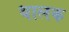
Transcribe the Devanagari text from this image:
धालक